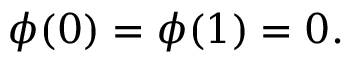
\phi ( 0 ) = \phi ( 1 ) = 0 .